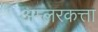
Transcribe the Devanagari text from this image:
अम्लरकत्ता